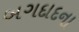
બગદાદના